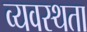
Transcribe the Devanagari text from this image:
व्यवस्थता